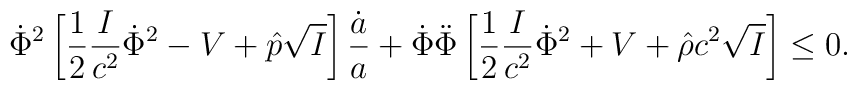
\dot{\Phi}^2\left[{1\over 2}{I\over c^2}\dot{\Phi}^2-V+\hat{p}\sqrt{I}\right]{\dot{a}\over a}+\dot{\Phi}\ddot{\Phi}\left[{1\over 2}{I\over c^2}\dot{\Phi}^2+V+\hat{\rho}c^2\sqrt{I}\right]\leq 0.